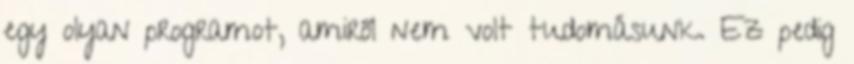
egy olyan programot, amiről nem volt tudomásunk. Ez pedig